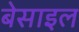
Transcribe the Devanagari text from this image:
बेसाइल